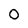
Character: 0